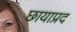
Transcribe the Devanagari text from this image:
छायाप्रद